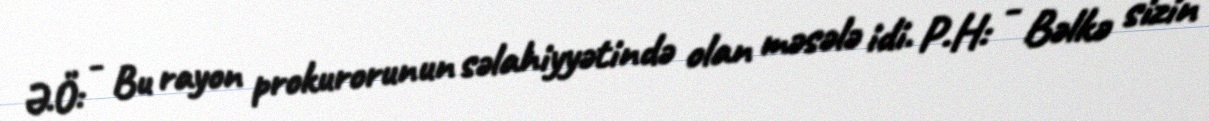
Ə.Ö: - Bu rayon prokurorunun səlahiyyətində olan məsələ idi. P.H: - Bəlkə sizin